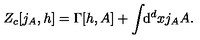
Z _ { c } [ j _ { A } , h ] = \Gamma [ h , A ] + \int \! \! \mathrm { d } ^ { d } x j _ { A } A .